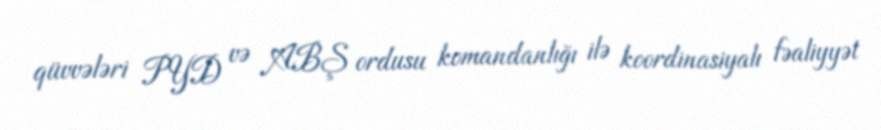
qüvvələri PYD və ABŞ ordusu komandanlığı ilə koordinasiyalı fəaliyyət